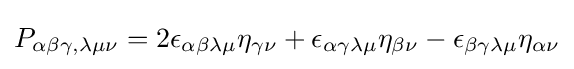
P_{\alpha \beta \gamma ,\lambda \mu \nu }=2\epsilon _{\alpha \beta \lambda \mu }\eta _{\gamma \nu }+\epsilon _{\alpha \gamma \lambda \mu }\eta _{\beta \nu }-\epsilon _{\beta \gamma \lambda \mu }\eta _{\alpha \nu }